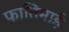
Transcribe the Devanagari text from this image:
फातिमाई